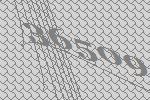
36509